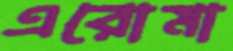
এরোমা